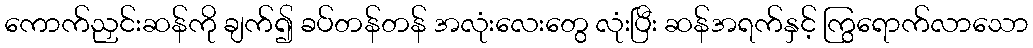
ကောက်ညှင်းဆန်ကို ချက်၍ ခပ်တန်တန် အလုံးလေးတွေ လုံးပြီး ဆန်အရက်နှင့် ကြွရောက်လာသော